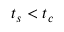
t _ { s } < t _ { c }